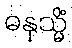
ဓနုသ္မိံ